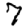
Digit: 7